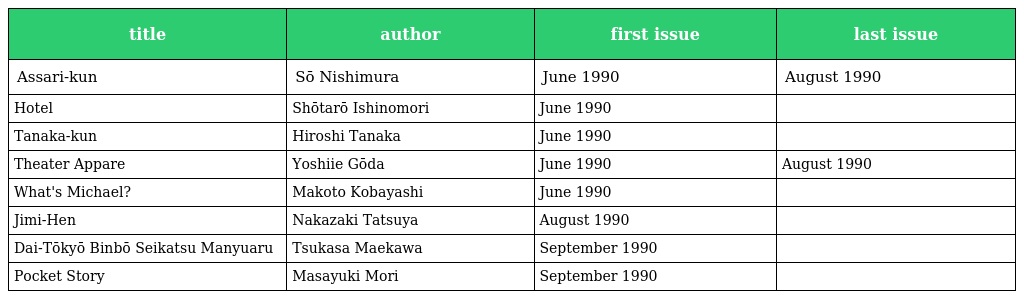
| title | author | first issue | last issue |
 | --- | --- | --- | --- |
 | Assari-kun | Sō Nishimura | June 1990 | August 1990 |
 | Hotel | Shōtarō Ishinomori | June 1990 |  |
 | Tanaka-kun | Hiroshi Tanaka | June 1990 |  |
 | Theater Appare | Yoshiie Gōda | June 1990 | August 1990 |
 | What's Michael? | Makoto Kobayashi | June 1990 |  |
 | Jimi-Hen | Nakazaki Tatsuya | August 1990 |  |
 | Dai-Tōkyō Binbō Seikatsu Manyuaru | Tsukasa Maekawa | September 1990 |  |
 | Pocket Story | Masayuki Mori | September 1990 |  |